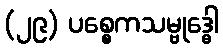
(၂၉) ပစ္စေကသမ္ဗုဒ္ဓေါ